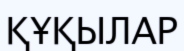
ҚҰҚЫЛАР